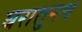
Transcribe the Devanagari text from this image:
घरातुनच